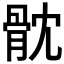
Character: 𩨥